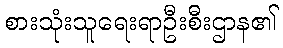
စားသုံးသူရေးရာဦးစီးဌာန၏